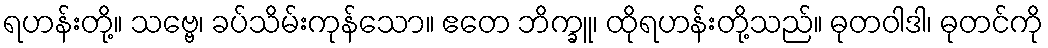
ရဟန်းတို့။ သဗ္ဗေ၊ ခပ်သိမ်းကုန်သော။ ဧတေ ဘိက္ခူ၊ ထိုရဟန်းတို့သည်။ ဓုတဝါဒါ၊ ဓုတင်ကို